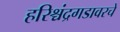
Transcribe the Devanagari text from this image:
हरिश्चंद्रगडावरचे